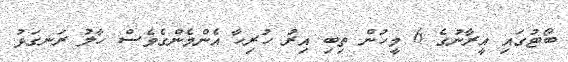
ބޯޓުގައި އީރާނުގެ 6 މީހުން ތިބި އިރު ހުރިހާ އެންމެންގެވެސް ހާލު ރަނގަޅު